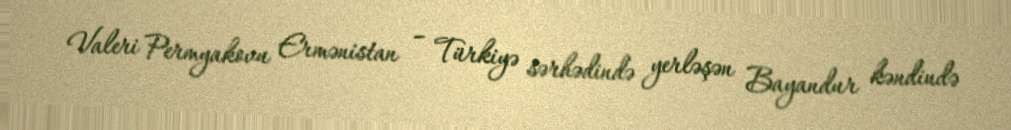
Valeri Permyakovu Ermənistan – Türkiyə sərhədində yerləşən Bayandur kəndində